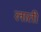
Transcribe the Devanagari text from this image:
लातीं